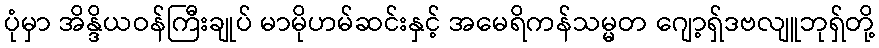
ပုံမှာ အိန္ဒိယဝန်ကြီးချုပ် မာမိုဟမ်ဆင်းနှင့် အမေရိကန်သမ္မတ ဂျော့ရှ်ဒဗလျူဘုရှ်တို့